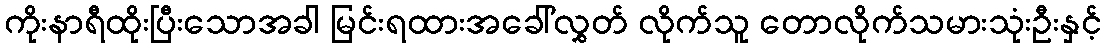
ကိုးနာရီထိုးပြီးသောအခါ မြင်းရထားအခေါ်လွှတ် လိုက်သူ တောလိုက်သမားသုံးဦးနှင့်